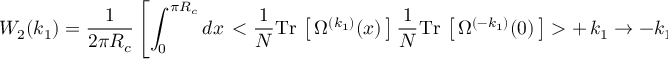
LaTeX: W _ { 2 } ( k _ { 1 } ) = \frac { 1 } { 2 \pi R _ { c } } \left[ \int _ { 0 } ^ { \pi R _ { c } } d x \, < \frac { 1 } { N } \mathrm { T r } \, \left[ \, \Omega ^ { ( k _ { 1 } ) } ( x ) \, \right] \frac { 1 } { N } \mathrm { T r } \, \left[ \, \Omega ^ { ( - k _ { 1 } ) } ( 0 ) \, \right] > + \, k _ { 1 } \to - k _ { 1 } \right] .